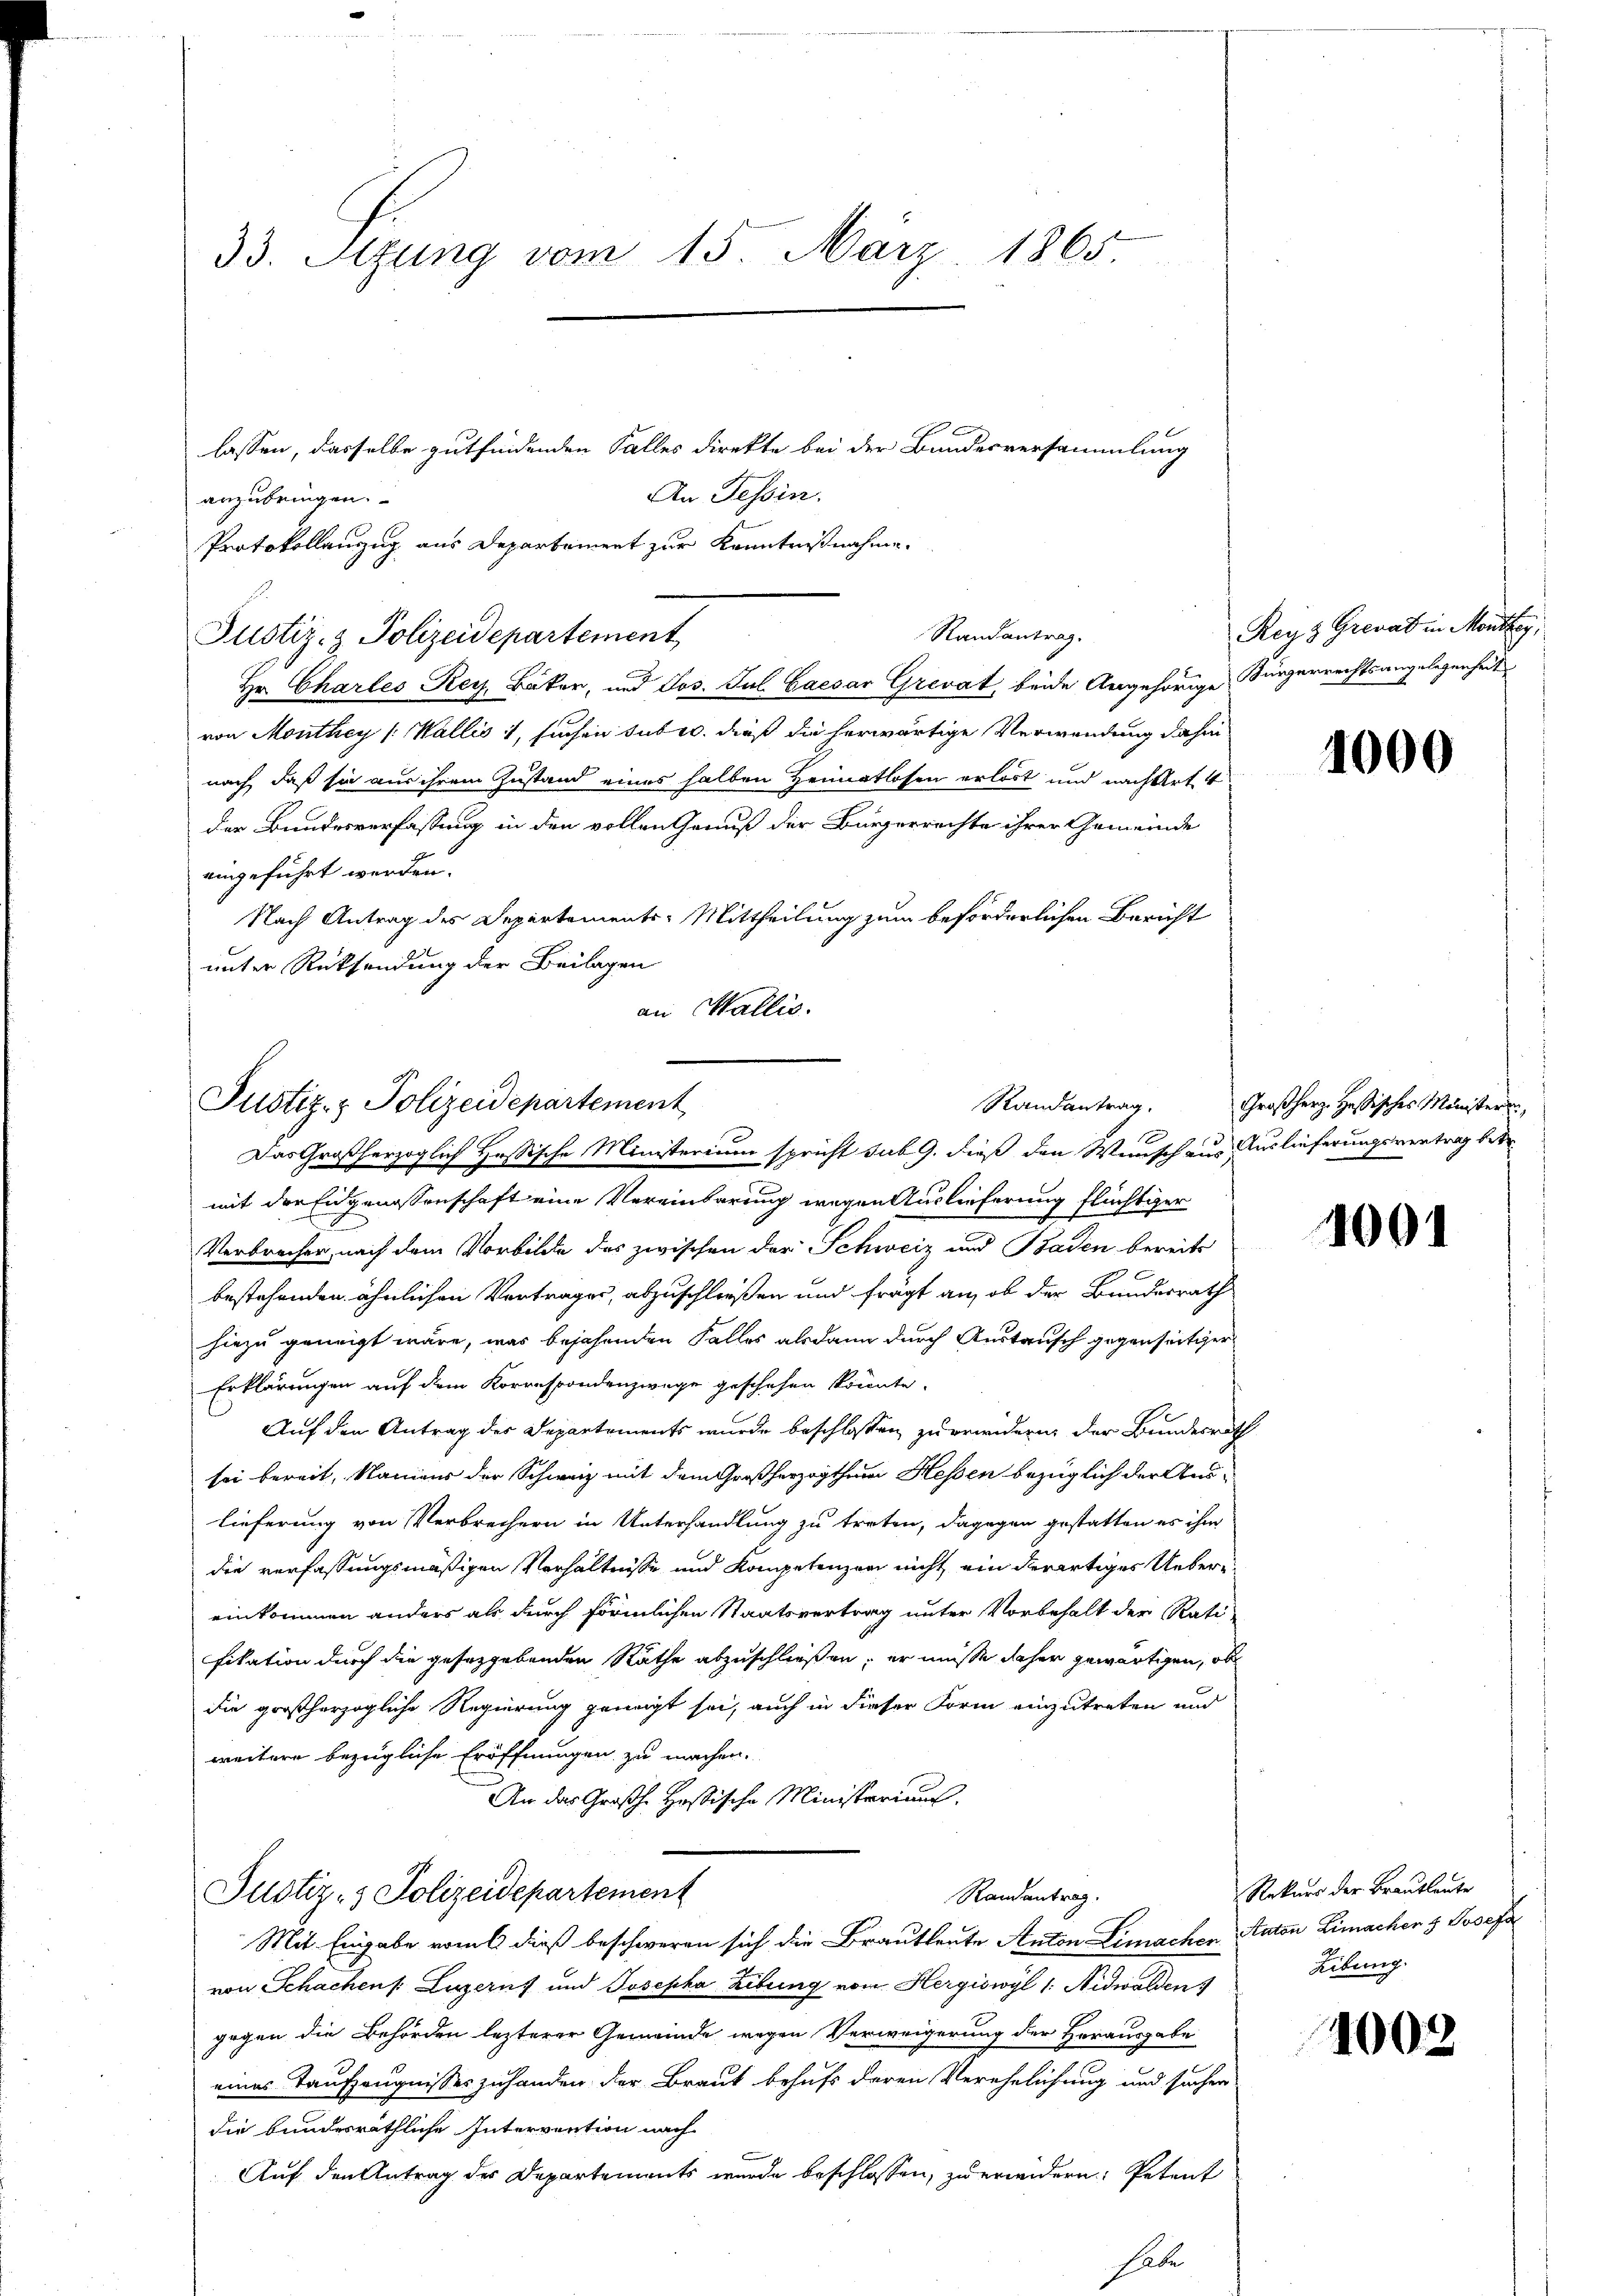
33. Sizung vom 15. März 1865.

anzubringen.
Protokollenzug aus Departement zur Kenntnißnahme
Hr. Chartes Rey. Bäker, und Jos. Jul. Caesar Grevat, beide Angehörige Bürgerrechtsangelegenheit
von Monthey (Wallis 1, suchen suber, dieß die herwärtige Verwendung dahin
nach, daß sie aus ihrem Zustand eines halben Heimatlosen erlöst und nachdert 4
der Bundesverfassung in den vollen Genuß der Bürgerrachte ihrer Gemeinde
angeführt werden.
Nach Antrag des Departements-Mittheilung zum beförderlichen Bericht
unter Rücksendung der Beilagen
an Wallis.

Justiz- & Polizeidepartement

Justiz- & Polizeidepartement
Randantrag.
Das Großherzoglich Hessische Ministerium spricht sub. 9. dieß den Wunsch aus Auslieferungsvertrag betr

lassen, dasselbe gutfindenden Falles direkte bei der Bundesversammlung
An Tessin.
Randantrag.

mit der Eidgenossenschaft eine Vereinbarung wegen Auslieferung flüchtiger
Verbrecher, nach dem Vorbilde des zwischen der Schweiz und Baden bereits
bestehenden ähnlichen Vertrages, abzuschließen und frägt an, ob der Bundesrath
hiezu geneigt wäre, was bejahenden Falles alsdann durch Austausch gegenseitiger
Erklärungen auf dem Korrespondenzwege geschehen könnte.
Auf den Antrag des Departements wurde beschlossen zu erwidern, der Bundesrath
sei bereit, Maniger der Schweiz mit dem Großherzogthum Hessen bezüglich der Auslieferung von Verbrechern in Unterhandlung zu treten, dagegen gestatten es ihm
die verfassungsmäßigen Verhältnisse und Kompetenzen nicht ein derartiges Uebereinkommen anders als durch förmlichen Staatsvertrag unter Vorbehalt der Rati
fikation durch die gesetzgebenden Räthe abzuschließen, er müsse daher gewärtigen, ob
die großherzogliche Regierung genügt sei, auch in dieser Form einzutreten und
weitere bezügliche Eröffnungen zu machen.
An das Großhe Hosische Ministeriums.
Justiz- & Polizeidepartement
Randantrag.
Mit Eingabe vom 6 dieß beschweren sich die Brautleute Anton Limachen Naton Limachen & Josefa
von Schachens Luzerns und Josepha Libung vom Hergiswyl 1: Nidwalden
gegen die Behörden lezterer Gemeinde wegen Verweigerung der Herausgabe
eines Taufzeugnisses zuhanden der Braut behufs deren Verehelichung und sachen
die bundesräthliche Intervention nach
Auf den Antrag des Departements wurde beschlossen, zu erwidern: Petent

Reyz Grevat in Monthey,

1000

Großherz. Hassisches Ministerun

100.

Rekurs der Brautleute
Libung.

1003